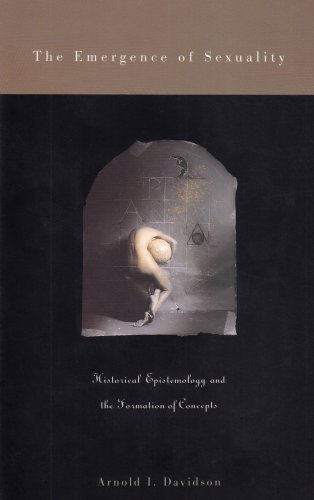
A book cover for The Emergence of Sexuality: Historical Epistemology and the Formation of Concepts; Arnold I. Davidson; Politics & Social Sciences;